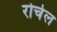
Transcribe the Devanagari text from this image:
रोचेल